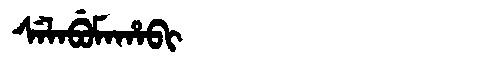
Manchu: ᠰᡝᠯᠠᠪᡠᠮᠠᡥᠠᠪᡳ
Romanization: SELABUMAHABI